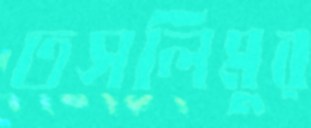
তসলিমুর